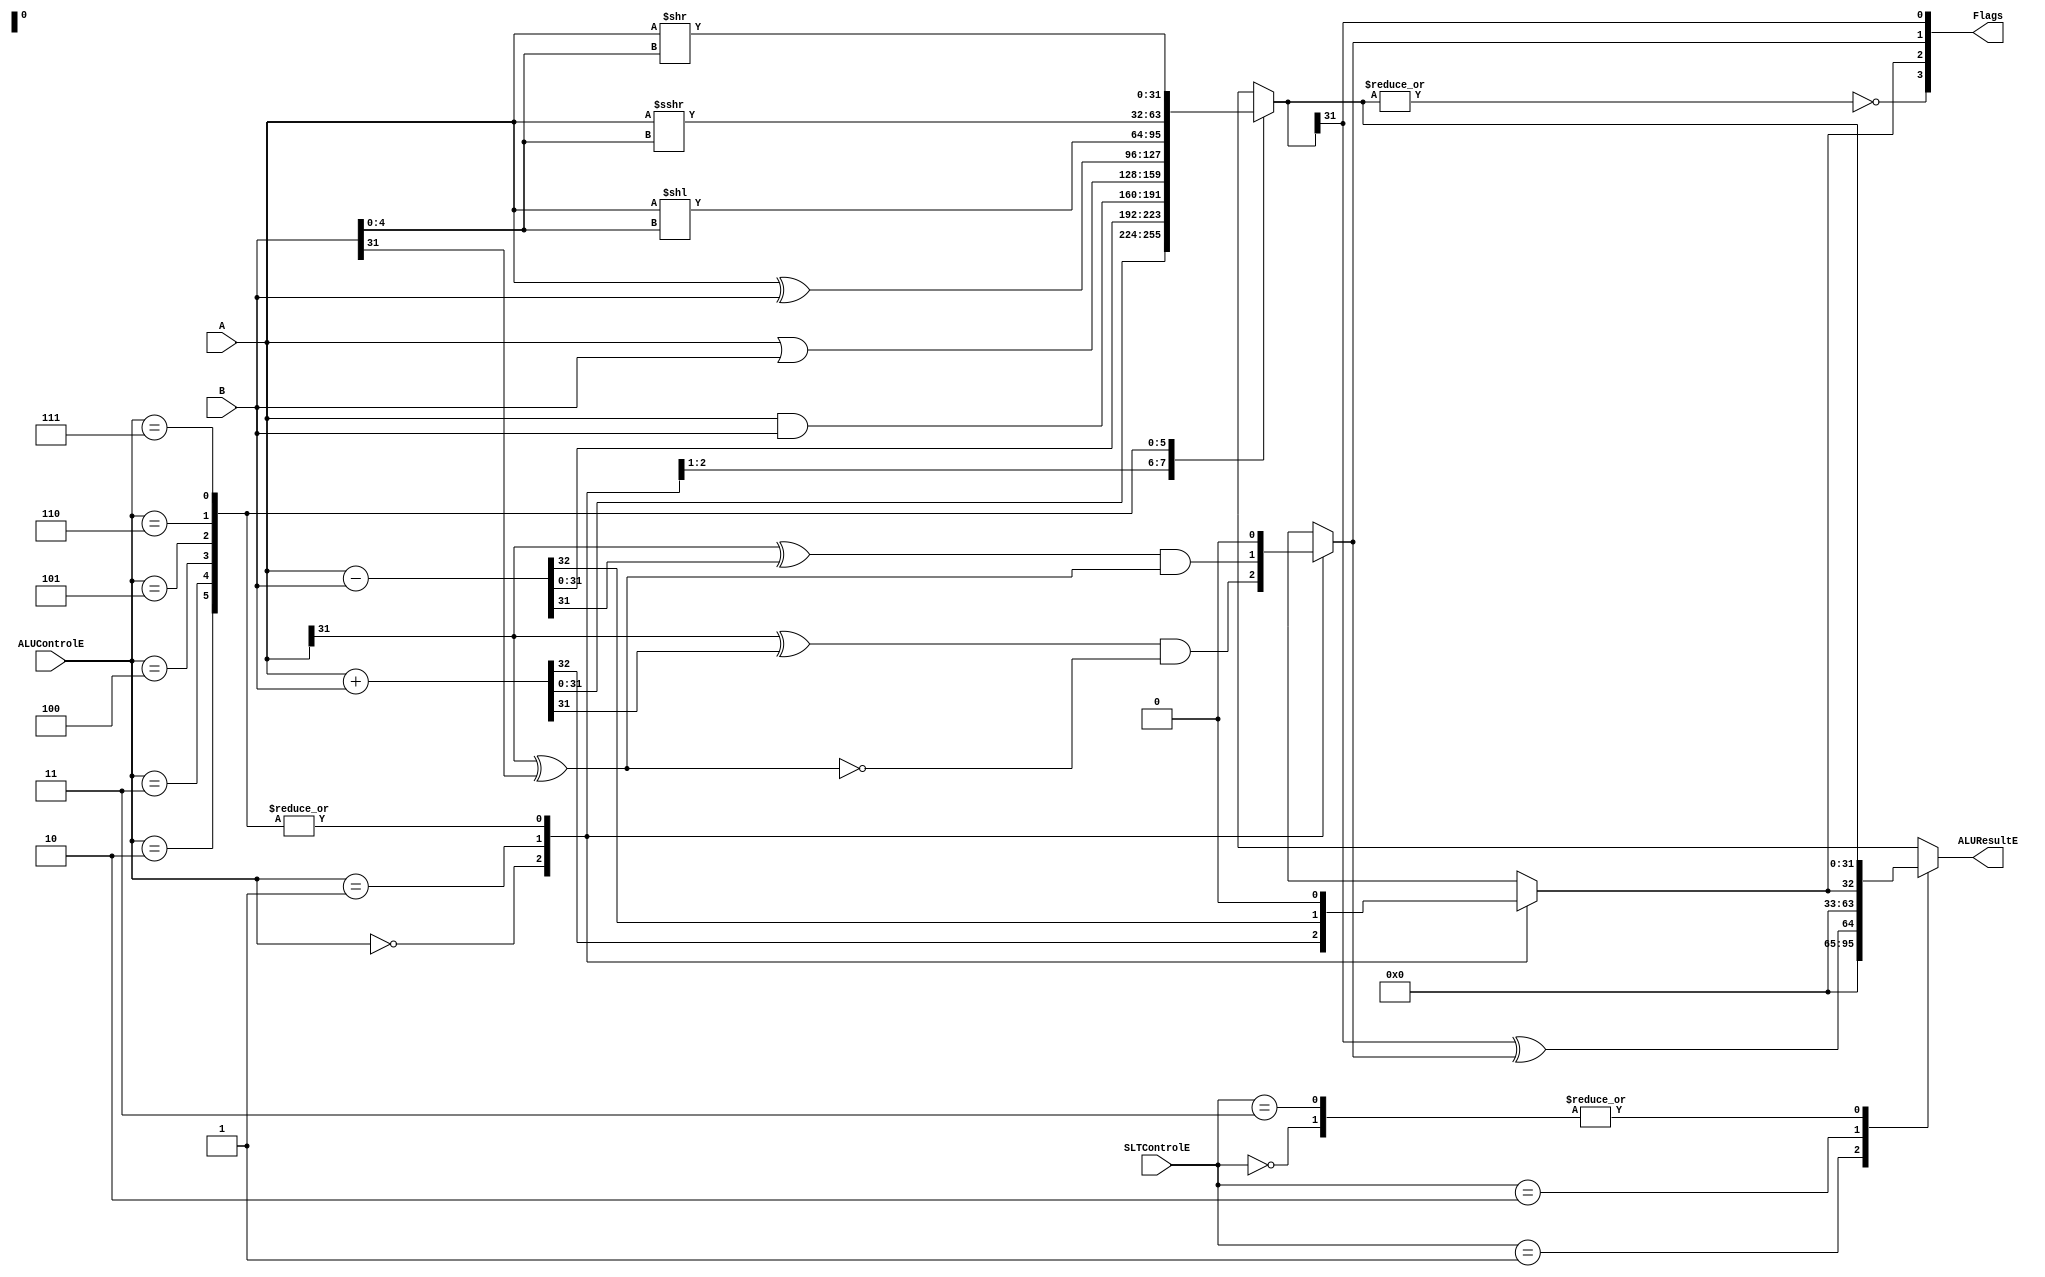
module ALU (
    input       wire        [31:0]      A,
    input       wire        [31:0]      B,
    input       wire        [2:0]       ALUControlE,
    input       wire        [1:0]       SLTControlE,
    output      reg         [31:0]      ALUResultE,
    output      wire        [3:0]       Flags      //Z C V N
);


reg         [31:0]      Result;
wire                    Zero, Negative;
reg                     Carry, Overflow;


localparam      ADD      =   3'b000,
                SUB      =   3'b001,
                AND      =   3'b010,
                OR       =   3'b011,
                XOR      =   3'b100,
                SLL      =   3'b101,
                SRA      =   3'b110,
                SRL      =   3'b111;


always @ (*)
    begin
        case (ALUControlE)
            ADD         :       begin
                                    {Carry, Result}     =       A + B;
                                    Overflow                =       (A[31] ^ Result[31]) & ~(A[31] ^ B[31]);
                                end

            SUB         :       begin
                                    {Carry, Result}     =       A - B;
                                    Overflow                =       (A[31] ^ Result[31]) & (A[31] ^ B[31]);
                                end


            AND         :       begin
                                    Result  =   A & B;
                                    Carry       =   0;
                                    Overflow    =   0;
                                end

            OR          :       begin
                                    Result  =   A | B;
                                    Carry       =   0;
                                    Overflow    =   0;
                                end

            XOR         :       begin
                                    Result  =   A ^ B;
                                    Carry       =   0;
                                    Overflow    =   0;
                                end

            SLL         :       begin
                                    Result     =   A << B[4:0];
                                    Overflow   =   0;
                                    Carry      =   0;
                                end

            SRA         :       begin
                                    Result     =   $signed(A) >>> $signed(B[4:0]);
                                    Overflow                =   0;
                                    Carry       =   0;
                                end

            SRL         :       begin
                                    Result     =   A >> B[4:0];
                                    Overflow                =   0;
                                    Carry       =   0;
                                end

            default     :       begin
                                    {Carry, Result}     =   A + B;
                                    Overflow                =   0;
                                end

        endcase
    end

always @ (*)
    begin
        case (SLTControlE)
            2'b00      :   ALUResultE  =   Result;                          //Normal Operation

            2'b01      :   ALUResultE  =   {31'b0, Negative ^ Overflow};    //SLT

            2'b10      :   ALUResultE  =   {31'b0, Carry};                 //SLTU

            2'b11      :   ALUResultE  =   Result;                          //Normal Operation

            default :   ALUResultE  =   Result;                          //Normal Operation
        endcase
    end

assign  Zero        =       ~|Result;
assign  Negative    =       Result[31]; 

assign  Flags       =       {Zero, Carry, Overflow, Negative};

endmodule